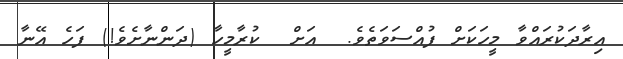
އިރާދަކުރައްވާ މީހަކަށް ފުއްސަވަތެވެ.  އަށް  ކުރާމީހާ (ދަންނާށެވެ!) ފަހެ އޭނާ